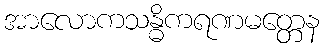
အာလောကသန္ဓိကရဏမတ္တေန